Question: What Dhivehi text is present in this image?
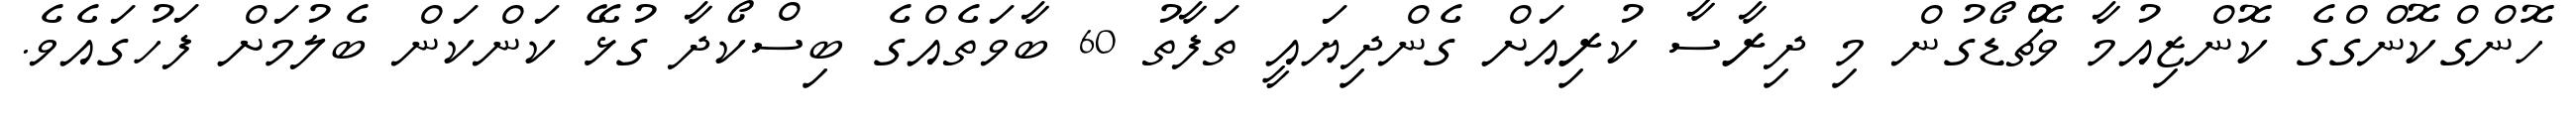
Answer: ހޮންގްކޮންގްގެ ކޮންޒިއުމާ ވޮޗްޑޯގުން މި ދިރާސާ ކުރިއަށް ގެންދިޔައީ ތަފާތު 60 ބާވަތެއްގެ ބިސްކޯދާ ގުޅޭ ކަންކަން ބެލުމަށް ފަހުގައެވެ.